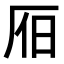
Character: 𣅛